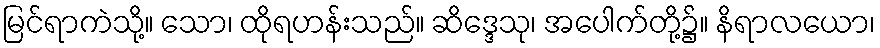
မြင်ရာကဲသို့။ သော၊ ထိုရဟန်းသည်။ ဆိဒ္ဒေသု၊ အပေါက်တို့၌။ နိရာလယော၊